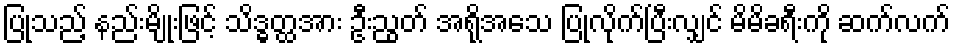
ပြုသည့် နည်းမျိုးဖြင့် သိဒ္ဓတ္ထအား ဦးညွတ် အရိုအသေ ပြုလိုက်ပြီးလျှင် မိမိခရီးကို ဆက်လက်